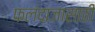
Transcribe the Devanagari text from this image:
फलंदाजासाठी